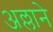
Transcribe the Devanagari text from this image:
अल्लाने